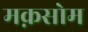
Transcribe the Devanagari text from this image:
मक़सोम